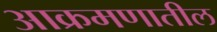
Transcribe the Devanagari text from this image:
आक्रमणातील